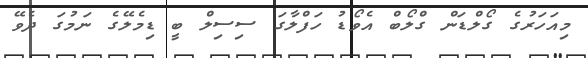
މިއަހަރުގެ ގޯލްޑަން ގްލޯބް އެވޯޑު ހަފްލާގަ ސިސިލް ބީ ޑިމެލޭގެ ނަމުގަ ދެވޭ